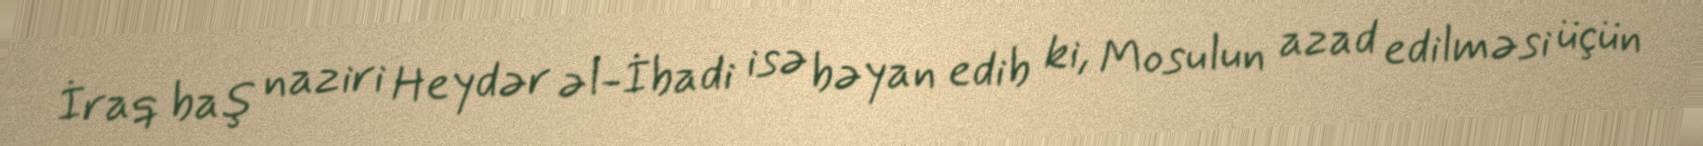
İraq baş naziri Heydər əl-İbadi isə bəyan edib ki, Mosulun azad edilməsi üçün